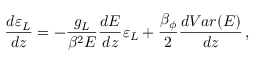
\frac { d \varepsilon _ { L } } { d z } = - \frac { g _ { L } } { \beta ^ { 2 } E } \frac { d E } { d z } \varepsilon _ { L } + \frac { \beta _ { \phi } } { 2 } \frac { d V a r ( E ) } { d z } \, ,